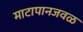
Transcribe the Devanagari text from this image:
माटापानजवळ